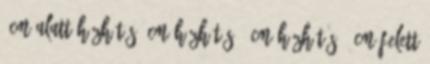
8cm alatt Házhűtés 9cm Házhűtés 14cm Házhűtés 14cm felett